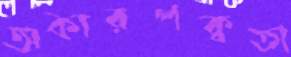
অকারপক্বতা